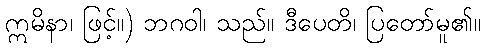
ဣမိနာ၊ ဖြင့်။) ဘဂဝါ၊ သည်။ ဒီပေတိ၊ ပြတော်မူ၏။